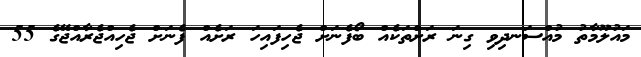
މައުލޫމާތު މުއްސަނދިވި ގިނަ ރަށްތަކެއް ބޯފެނަށް ޖެހިފައިހަ ރަށެއް ފެނަށް ޖެހިއްޖެރާއްޖޭގެ 55